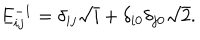
LaTeX: E _ { i j } ^ { - 1 } = \delta _ { i j } \sqrt { i } + \delta _ { i 0 } \delta _ { j 0 } \sqrt { 2 } .